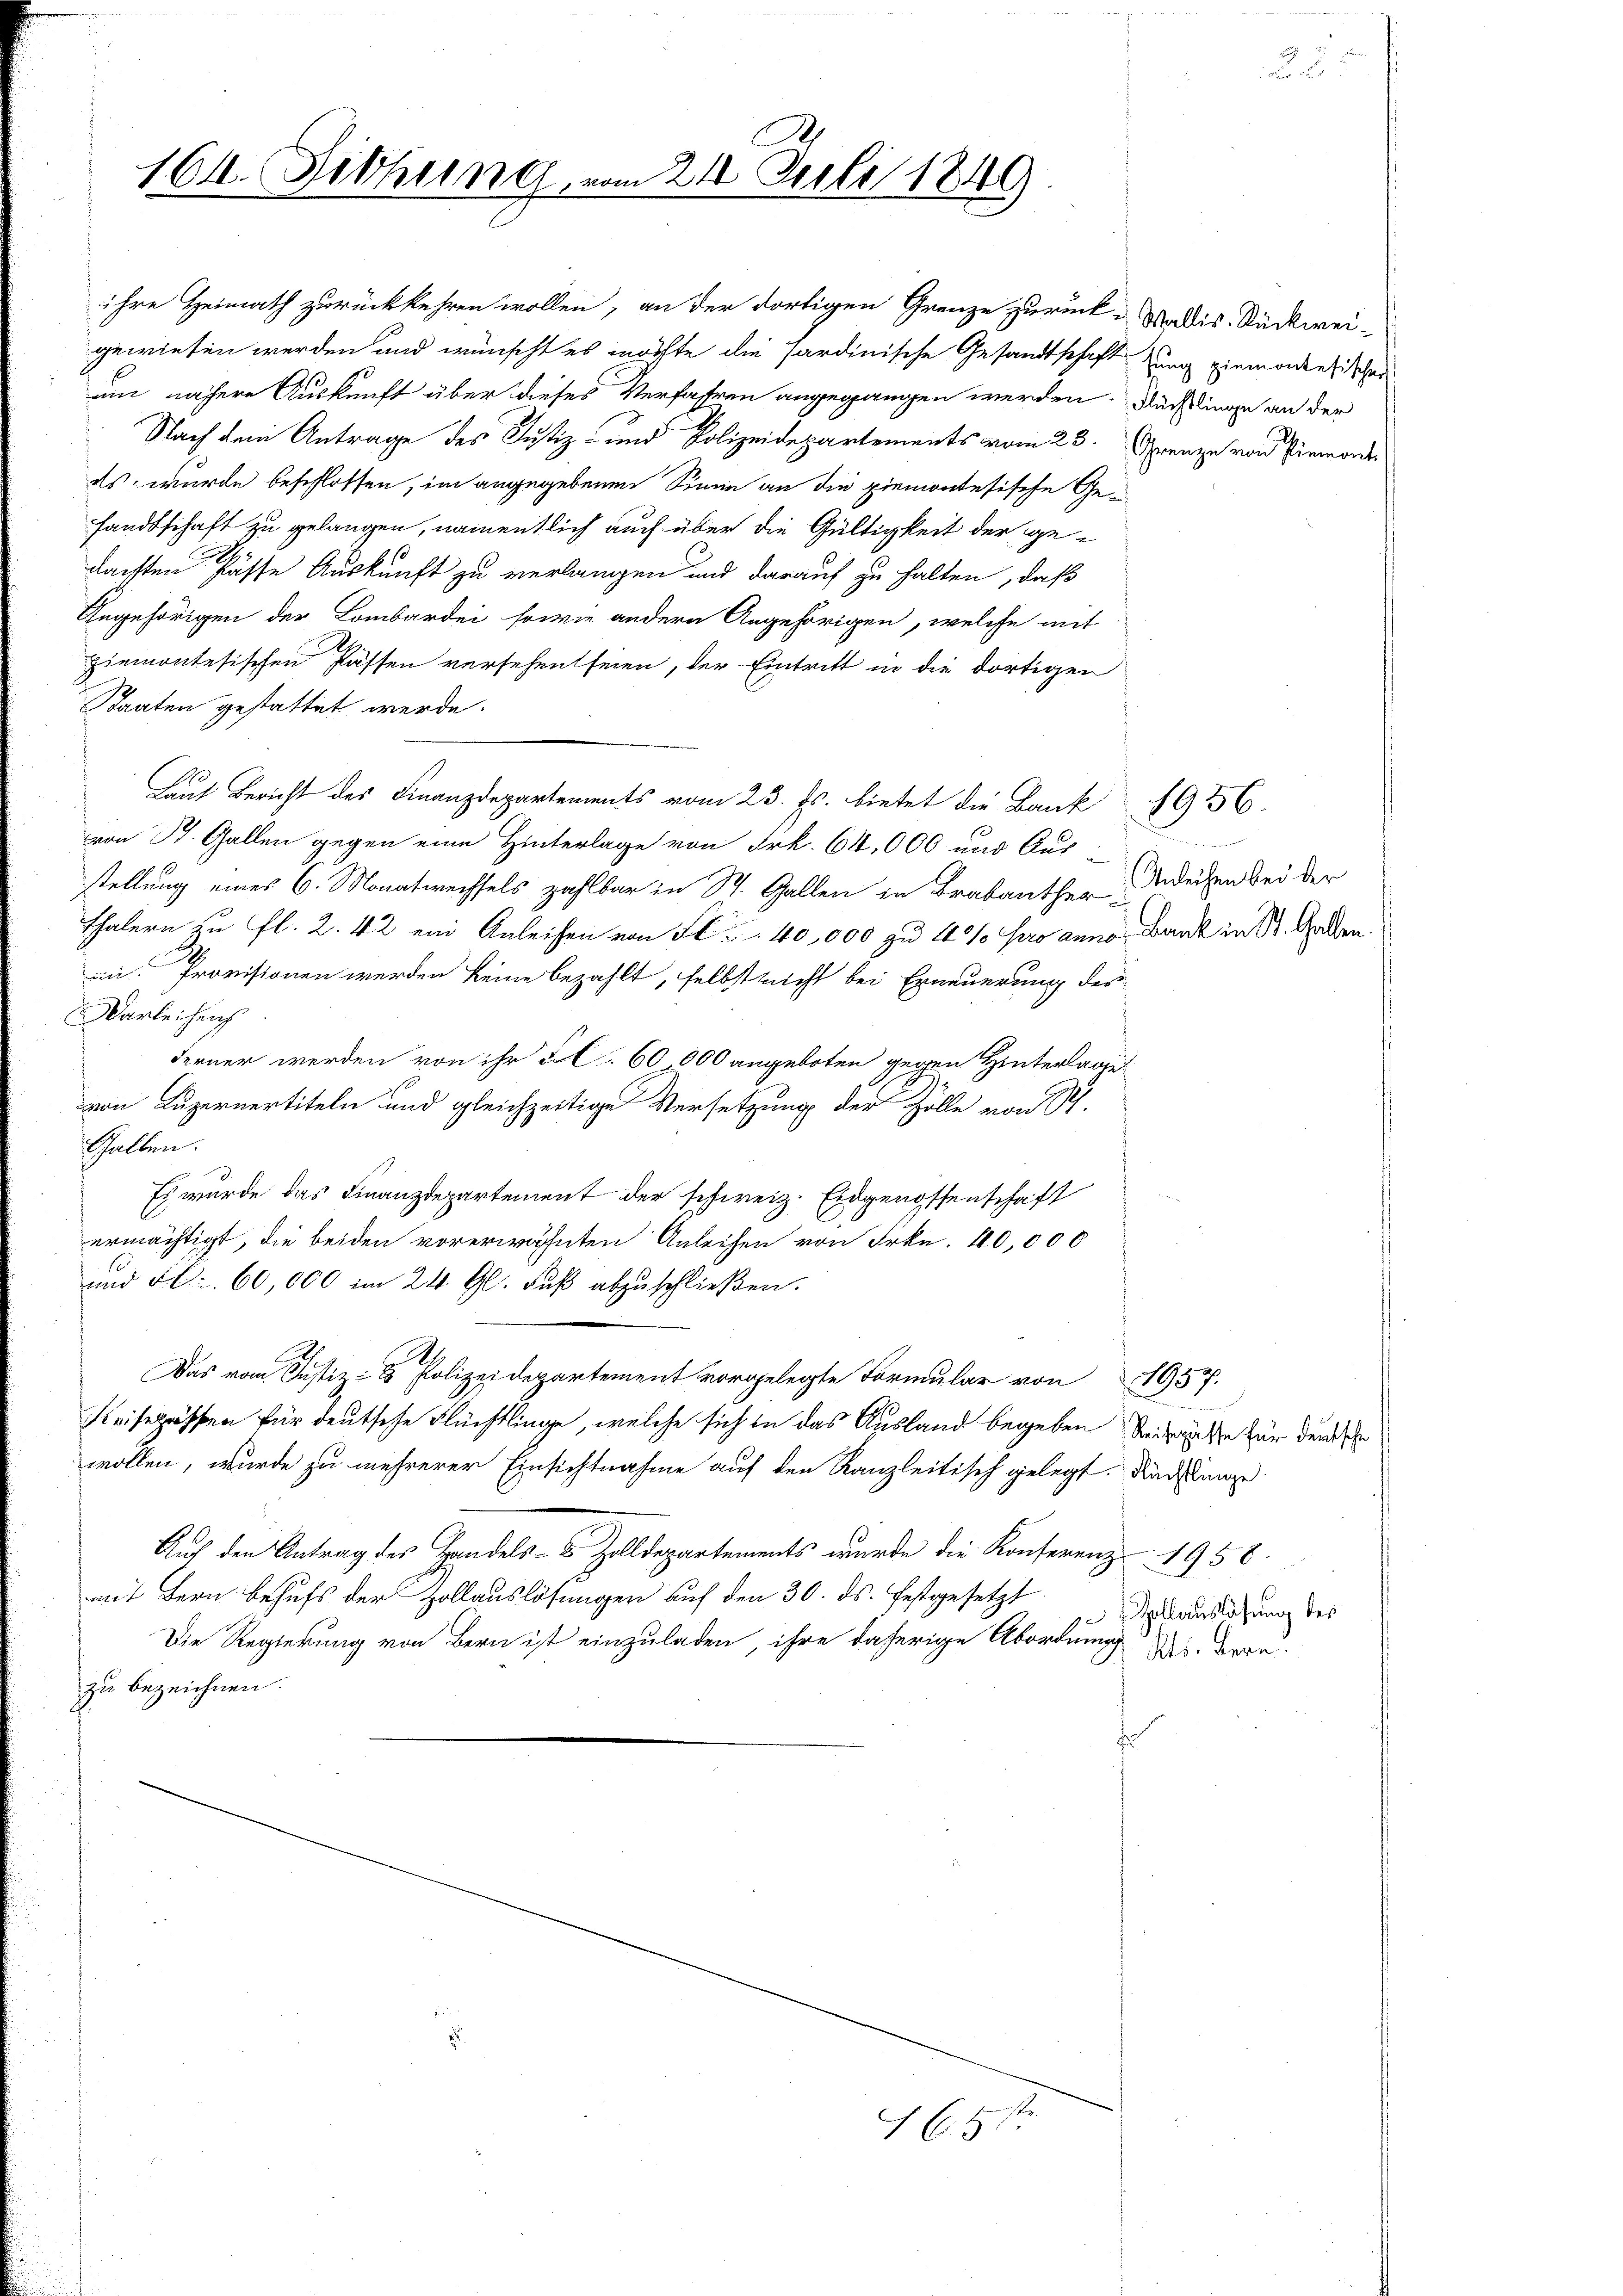
161. Fibhung, vom 24. Juli 1849

ihre Heimath zurückkehren wollen, an der dortigen Grenze zurück u. Saldis Rückwei-
gewiesen werden und wünscht es möchte die Sardinische Gesandtschaft zung einmordentischen
um nähere Auskunft über dieses Verfassen angegangen werden. Auch liege an der
Nach dem Antrage des Justiz- und Polizeidepartements vom 23. Grenze von Piemonsds, wurde beschlossen, im angegebenen Sinne an die Piemontesische Gefandtschaft zu gelangen, namentlich auch über die Gültigkeit der gedachten Pässe Auskunft zu verlangen und darauf zu halten, daß
Angehörigen der Lombardei sowie andern Angehörigen, welche mit
piemontesischen Passen versehen seien, der Eintritt in die dortigen
Saaten gestattet werde.
Laut Bericht des Finanzdepartements vom 23. Js. bietet die Bank 1956.
von B. Gallen gegen eine Hinterlage von Frk. 64,000 und Aus-
stellung eines 6. Monatwechsels zahlbar in St. Gallen in Brabanther i
Thalern zu fl. 2. 42 ein Anleihen von Fl. 40,000 zu 10% pro anno, Bank in St. Gallen.
in. Provisionen werden keine bezahlt, selbst nicht bei Erneuerung der
Warlei heich
Ferner werden von ihr Fol. 60,000 angeboten gegen Hinterlage
von Luzernertiteln und gleichzeitige Versetzung der Zolle von Sch.
Gallen.
Es wurde das Finanzdepartement der schweiz. Eidgenossenschaft
ermächtigt, die beiden vorerwähnten Anleihen von Frkn. 40,000
und Fr. 60,000 im 24. Gl. Fuß abzuschließen.
Das vom Justiz- & Polizeidepartement vorgelegte Formular von 1957.
Keiseprössen für deutsche Flüchtlinge, welche sich in das Ausland begeben beiträte für den de
wollen, wurde zu mehrerer Einsichtnahme auf den Kanzleitisch gelegt. Nachtunge
Auf den Antrag des Handels- & Zolldepartements wurde die Konferenz 1958.
mit Bern behufs der Zollauslösungen auf den 30. ds. festgesetzt
Die Regierung von Bern ist einzuladen, ihre daherige Abordnung des Bern.
zu bezeichnen.

651

.
Anleihen bei der

Zollauslösung des